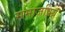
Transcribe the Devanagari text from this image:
समाजप्रिय